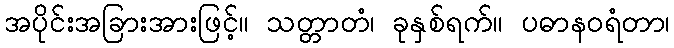
အပိုင်းအခြားအားဖြင့်။ သတ္တာတံ၊ ခုနှစ်ရက်။ ပဓာနဝရံတာ၊